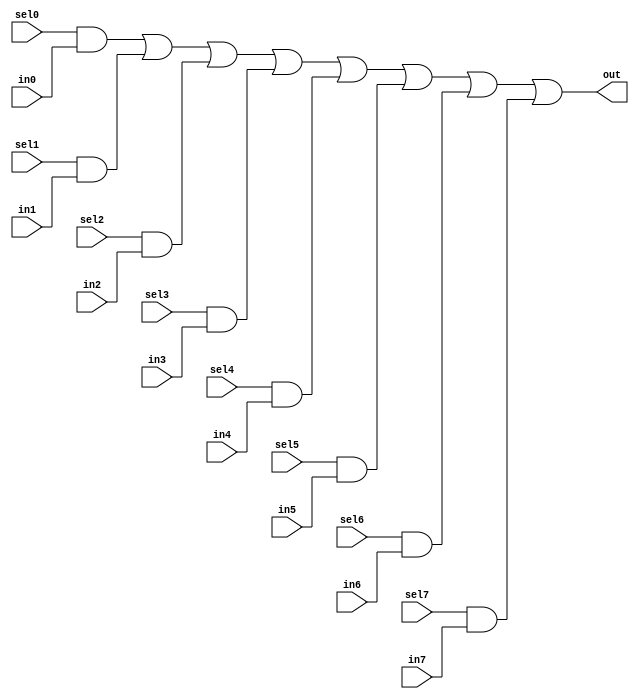
//#############################################################################
//# Function: 8:1 one hot mux                                                #
//#############################################################################
//# Author:   Andreas Olofsson                                                #
//# License:  MIT (see LICENSE file in OH! repository)                        #
//#############################################################################

module oh_mux8 #(parameter N = 1 ) // width of mux
   (
    input 	    sel7,
    input 	    sel6,
    input 	    sel5,
    input 	    sel4,
    input 	    sel3,
    input 	    sel2,
    input 	    sel1,
    input 	    sel0,
    input [N-1:0]  in7,
    input [N-1:0]  in6,
    input [N-1:0]  in5,
    input [N-1:0]  in4,
    input [N-1:0]  in3,
    input [N-1:0]  in2,
    input [N-1:0]  in1,
    input [N-1:0]  in0,
    output [N-1:0] out  //selected data output
    );

   assign out[N-1:0] = ({(N){sel0}} & in0[N-1:0] |
			 {(N){sel1}} & in1[N-1:0] |
			 {(N){sel2}} & in2[N-1:0] |
			 {(N){sel3}} & in3[N-1:0] |
			 {(N){sel4}} & in4[N-1:0] |
			 {(N){sel5}} & in5[N-1:0] |
			 {(N){sel6}} & in6[N-1:0] |
			 {(N){sel7}} & in7[N-1:0]);


endmodule // oh_mux8